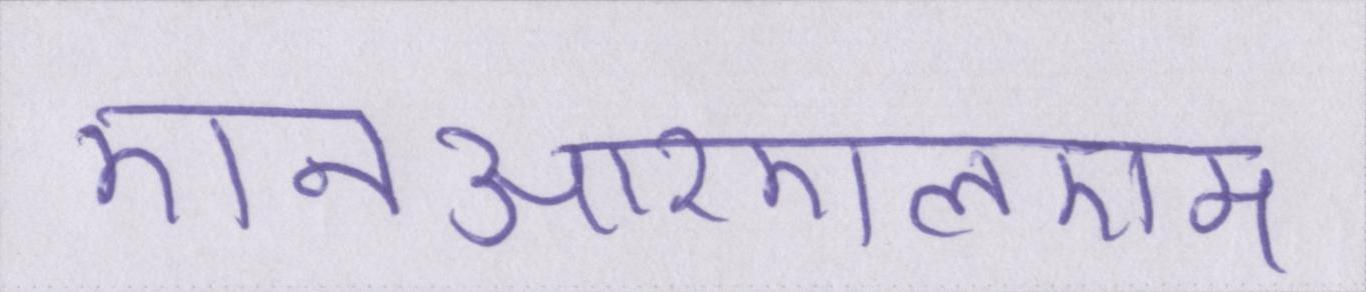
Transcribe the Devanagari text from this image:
एनआरएलएम